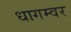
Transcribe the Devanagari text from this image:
धागम्वर